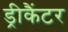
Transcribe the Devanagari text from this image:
ड्रीकैंटर